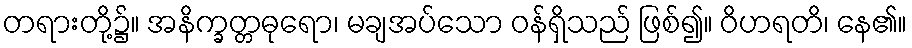
တရားတို့၌။ အနိက္ခတ္တဓုရော၊ မချအပ်သော ဝန်ရှိသည် ဖြစ်၍။ ဝိဟရတိ၊ နေ၏။